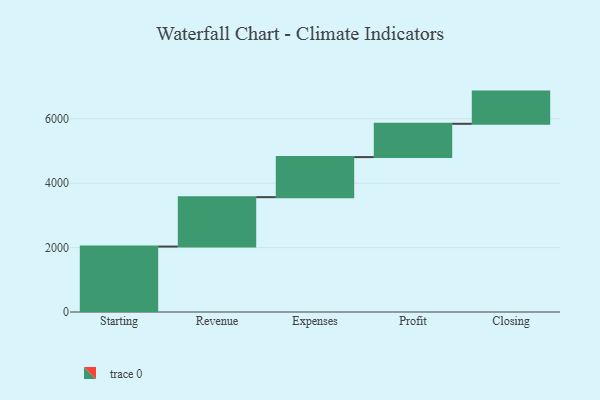
{"axis": {"x": "Step", "y": "Value"}, "legend": [""], "data": [{"x": "Starting", "y": 2032.0, "type": ""}, {"x": "Revenue", "y": 1534.0, "type": ""}, {"x": "Expenses", "y": 1244.0, "type": ""}, {"x": "Profit", "y": 1034.0, "type": ""}, {"x": "Closing", "y": 1000, "type": ""}]}